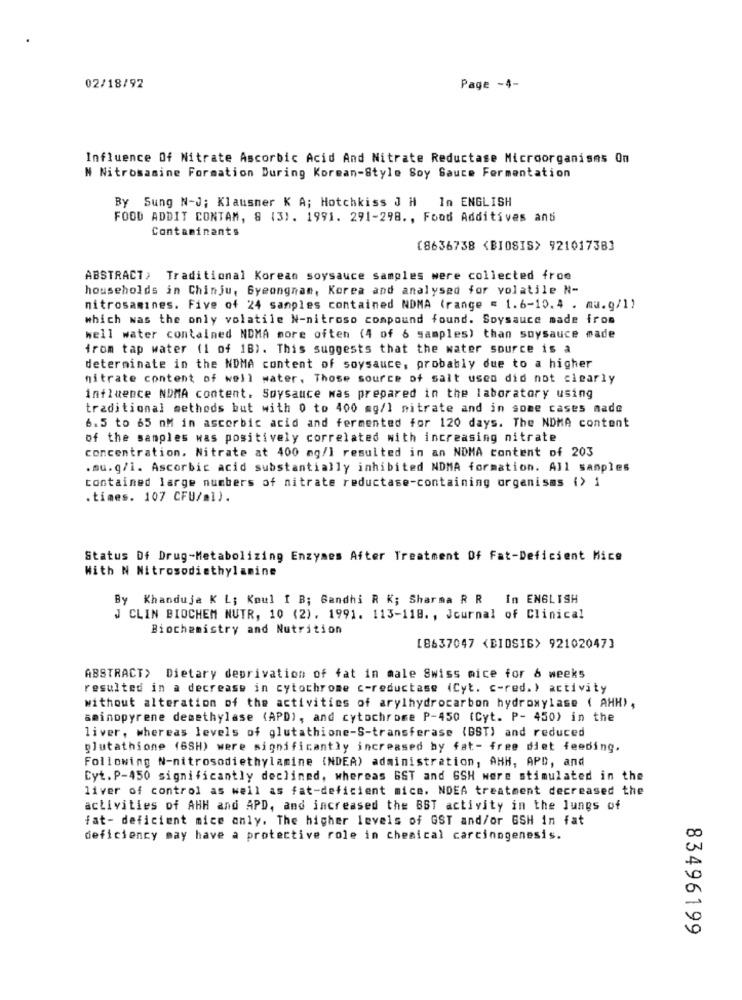
02/18/92
Page -4-
Influence Of Nitrate Ascorbic Acid And Nitrate Reductase Microorganisms On
N Nitrosasine Formation During Korean-Style Soy Sauce Fermentation
By Sung N-J; Klausner K A; Hotchkiss J H
In ENGLISH
FOOD ADDIT CONTAM, 8 (3). 1991. 291-298 ., Food Additives and
Contaminants
(8636738 <BIOSIS> 92101738]
ABSTRACT> Traditional Korean soysauce samples were collected froe
households in Chinju, Gyeongnam, Korea and analysed for volatile N-
nitrosamines. Five of 24 samples contained NDMA (range = 1.6-10.4 . ma.g/1)
which was the only volatile N-nitroso compound found. Soysauce made from
well water contained NDMA more often (4 of 6 samples) than soysauce made
from tap water (1 of 1B). This suggests that the water source is a
determinate in the NDMA content of soysauce, probably due to a higher
nitrate content of well water, Those source of salt used did not clearly
influence NDMA content. Soysauce was prepared in the laboratory using
traditional methods but with 0 to 400 mg/l nitrate and in some cases made
6.5 to 65 nM in ascorbic acid and fermented for 120 days. The NDMA content
of the samples was positively correlated with increasing nitrate
concentration. Nitrate at 400 mg/l resulted in an NDMA content of 203
.mu. q/l. Ascorbic acid substantially inhibited NDMA formation. All samples
contained large numbers of nitrate reductase-containing organisms (> 1
.times. 107 CFU/ml).
Status Of Drug-Metabolizing Enzymes After Treatment Of Fat-Deficient Mice
With N Nitrosodiethylamine
By Khanduje K L; Koul I B; Bandhi R K; Sharma R R In ENGLISH
J CLIN BIOCHEM NUTR, 10 (2). 1991. 113-118. , Journal of Clinical
Biochemistry and Nutrition
[8637047 <DIDSIG> 92102047]
ABSTRACT> Dietary deprivation of fat in male Swiss mice for & weeks
resulted in a decrease in cytochrome c-reductase (Cyt. c-red.) activity
without alteration of the activities of arylhydrocarbon hydroxylase ( AHH) ,
sminopyrene demethylase (APD), and cytochrome P-450 (Cyt. P- 450) in the
liver, whereas levels of glutathione-S-transferase (BST) and reduced
glutathione (6SH) were significantly increased by fat- free diet feeding.
Following N-nitrosodiethylamine (NDEA) administration, AHH, APD, and
Cyt. P-450 significantly declined, whereas GST and GSH were stimulated in the
liver of control as well as fat-deficient mice. NDEA treatment decreased the
activities of AHH and APD, and increased the BST activity in the lungs of
fat- deficient mice anly. The higher levels of GST and/or GSH in fat
00
deficiency may have a protective role in chemical carcinogenesis.
a
83496199